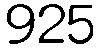
925